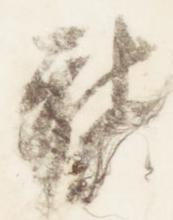
聴